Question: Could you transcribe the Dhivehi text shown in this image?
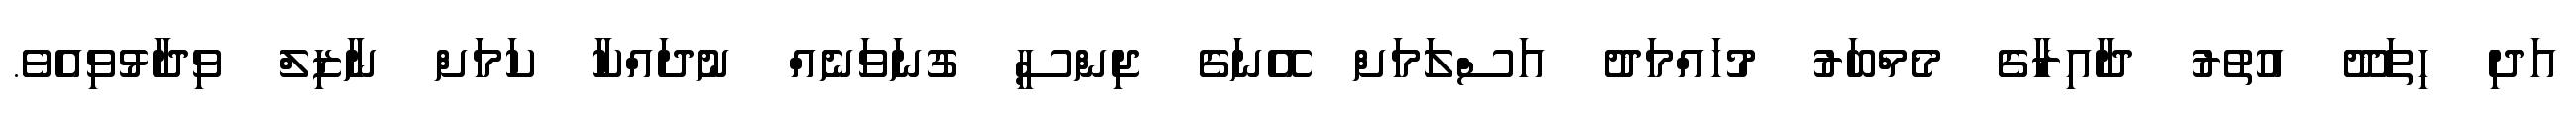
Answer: އަދި ހިތަދޫ އުތުރު ދާއިރާގެ މެމްބަރު މުހައްމަދު އަސްލަމަށް އޭނަގެ ޖިންސީ ގުނަވަނެއް ނުދައްކާ ކަމަށް ނާޒިލް ވިދާޅުވިއެވެ.